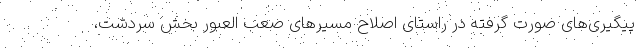
پیگیری‌های صورت گرفته در راستای اصلاح مسیرهای صعب العبور بخش سردشت،